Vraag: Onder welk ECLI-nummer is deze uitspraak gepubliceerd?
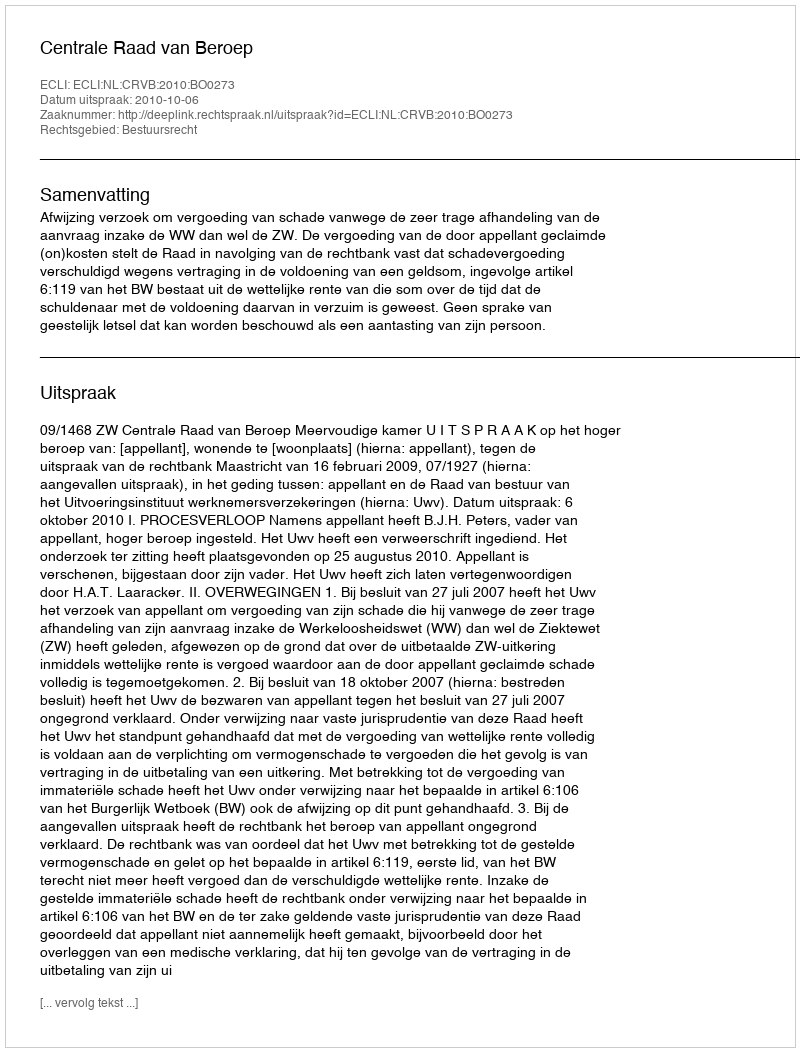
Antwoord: ECLI:NL:CRVB:2010:BO0273